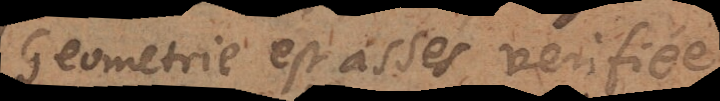
Geometrie est assés verifiée